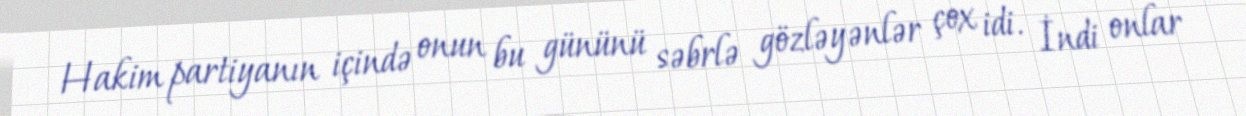
Hakim partiyanın içində onun bu gününü səbrlə gözləyənlər çox idi. İndi onlar